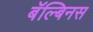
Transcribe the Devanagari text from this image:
बॅल्बिनस